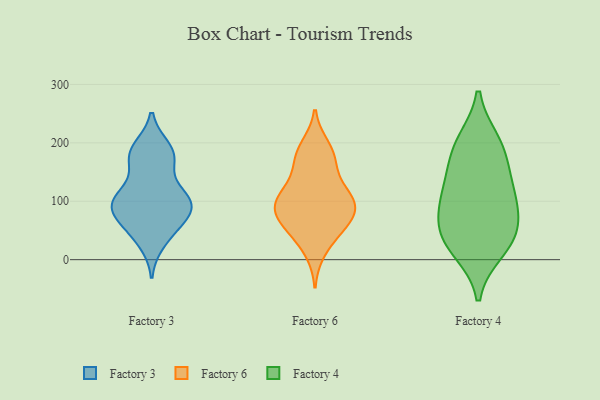
{"axis": {"x": "Population (Million)", "y": "Value"}, "legend": ["Factory 3", "Factory 4", "Factory 6"], "data": [{"x": "", "y": 88, "type": "Factory 3"}, {"x": "", "y": 67, "type": "Factory 3"}, {"x": "", "y": 190, "type": "Factory 3"}, {"x": "", "y": 61, "type": "Factory 3"}, {"x": "", "y": 116, "type": "Factory 3"}, {"x": "", "y": 91, "type": "Factory 3"}, {"x": "", "y": 109, "type": "Factory 3"}, {"x": "", "y": 85, "type": "Factory 3"}, {"x": "", "y": 173, "type": "Factory 3"}, {"x": "", "y": 183, "type": "Factory 3"}, {"x": "", "y": 30, "type": "Factory 3"}, {"x": "", "y": 180, "type": "Factory 3"}, {"x": "", "y": 100, "type": "Factory 3"}, {"x": "", "y": 44, "type": "Factory 3"}, {"x": "", "y": 172, "type": "Factory 3"}, {"x": "", "y": 99, "type": "Factory 3"}, {"x": "", "y": 101, "type": "Factory 3"}, {"x": "", "y": 14, "type": "Factory 6"}, {"x": "", "y": 78, "type": "Factory 6"}, {"x": "", "y": 194, "type": "Factory 6"}, {"x": "", "y": 97, "type": "Factory 6"}, {"x": "", "y": 183, "type": "Factory 6"}, {"x": "", "y": 108, "type": "Factory 6"}, {"x": "", "y": 66, "type": "Factory 6"}, {"x": "", "y": 136, "type": "Factory 6"}, {"x": "", "y": 87, "type": "Factory 6"}, {"x": "", "y": 176, "type": "Factory 6"}, {"x": "", "y": 101, "type": "Factory 6"}, {"x": "", "y": 49, "type": "Factory 6"}, {"x": "", "y": 46, "type": "Factory 6"}, {"x": "", "y": 98, "type": "Factory 6"}, {"x": "", "y": 162, "type": "Factory 6"}, {"x": "", "y": 112, "type": "Factory 6"}, {"x": "", "y": 67, "type": "Factory 6"}, {"x": "", "y": 54, "type": "Factory 4"}, {"x": "", "y": 200, "type": "Factory 4"}, {"x": "", "y": 35, "type": "Factory 4"}, {"x": "", "y": 192, "type": "Factory 4"}, {"x": "", "y": 110, "type": "Factory 4"}, {"x": "", "y": 163, "type": "Factory 4"}, {"x": "", "y": 112, "type": "Factory 4"}, {"x": "", "y": 18, "type": "Factory 4"}, {"x": "", "y": 99, "type": "Factory 4"}, {"x": "", "y": 44, "type": "Factory 4"}]}